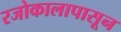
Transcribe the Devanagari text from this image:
रजोकालापासून